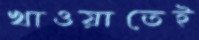
খাওয়াতেই